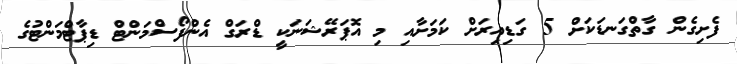
ފެށިގެން ގާތްގަނޑަކަށް 5 ގަޑިއިރަށް ކަމަށާއި މި އޮޕަރޭޝަނަކީ ޑްރަގް އެންފޯސްމަންޓް ޑިޕާޓްމަންޓުގެ